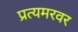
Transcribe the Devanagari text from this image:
प्रत्यमरवर